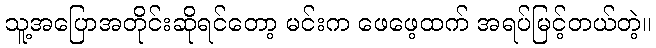
သူ့အပြောအတိုင်းဆိုရင်တော့ မင်းက ဖေဖေ့ထက် အရပ်မြင့်တယ်တဲ့။